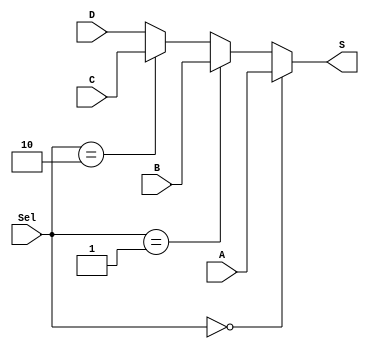
module Mux3to1 (Sel, A, B, C, D, S);
	input [63:0] A, B, C, D;
	input [1:0] Sel;
	output reg [63:0] S;
	
	always @(Sel, A, B, C)
	begin
		if(Sel == 0) begin
			S <= A;
		end
		
		else if(Sel == 1) begin
			S <= B;
		end
		
		else if(Sel == 2) begin
			S <= C;
		end
		
		else begin
			S <= D;
		end
	end
endmodule